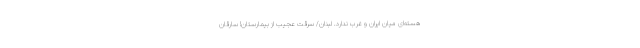
هسته‌ای میان ایران و غرب ندارد. لبنان/ سرقت عجیب از بیمارستان! سارقان